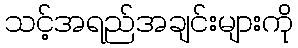
သင့်အရည်အချင်းများကို